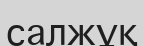
салжұқ